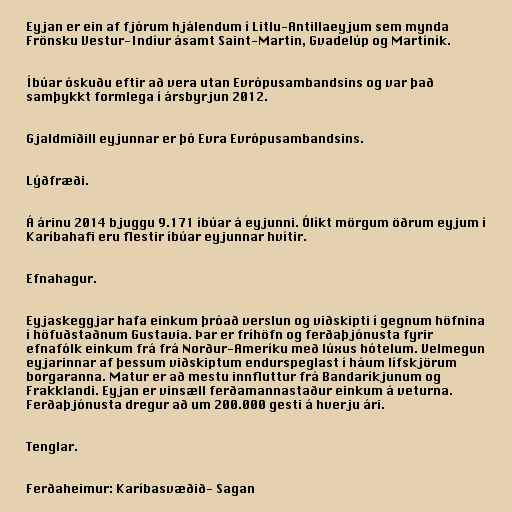
Eyjan er ein af fjórum hjálendum í Litlu-Antillaeyjum sem mynda
Frönsku Vestur-Indíur ásamt Saint-Martin, Gvadelúp og Martíník.

Íbúar óskuðu eftir að vera utan Evrópusambandsins og var það
samþykkt formlega í ársbyrjun 2012.

Gjaldmiðill eyjunnar er þó Evra Evrópusambandsins.

Lýðfræði.

Á árinu 2014 bjuggu 9.171 íbúar á eyjunni. Ólíkt mörgum öðrum eyjum í
Karíbahafi eru flestir íbúar eyjunnar hvítir.

Efnahagur.

Eyjaskeggjar hafa einkum þróað verslun og viðskipti í gegnum höfnina
í höfuðstaðnum Gustavia. Þar er fríhöfn og ferðaþjónusta fyrir
efnafólk einkum frá frá Norður-Ameríku með lúxus hótelum. Velmegun
eyjarinnar af þessum viðskiptum endurspeglast í háum lífskjörum
borgaranna. Matur er að mestu innfluttur frá Bandaríkjunum og
Frakklandi. Eyjan er vinsæll ferðamannastaður einkum á veturna.
Ferðaþjónusta dregur að um 200.000 gesti á hverju ári.

Tenglar.

Ferðaheimur: Karíbasvæðið- Sagan